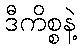
ဒီကိစ္စနဲ့